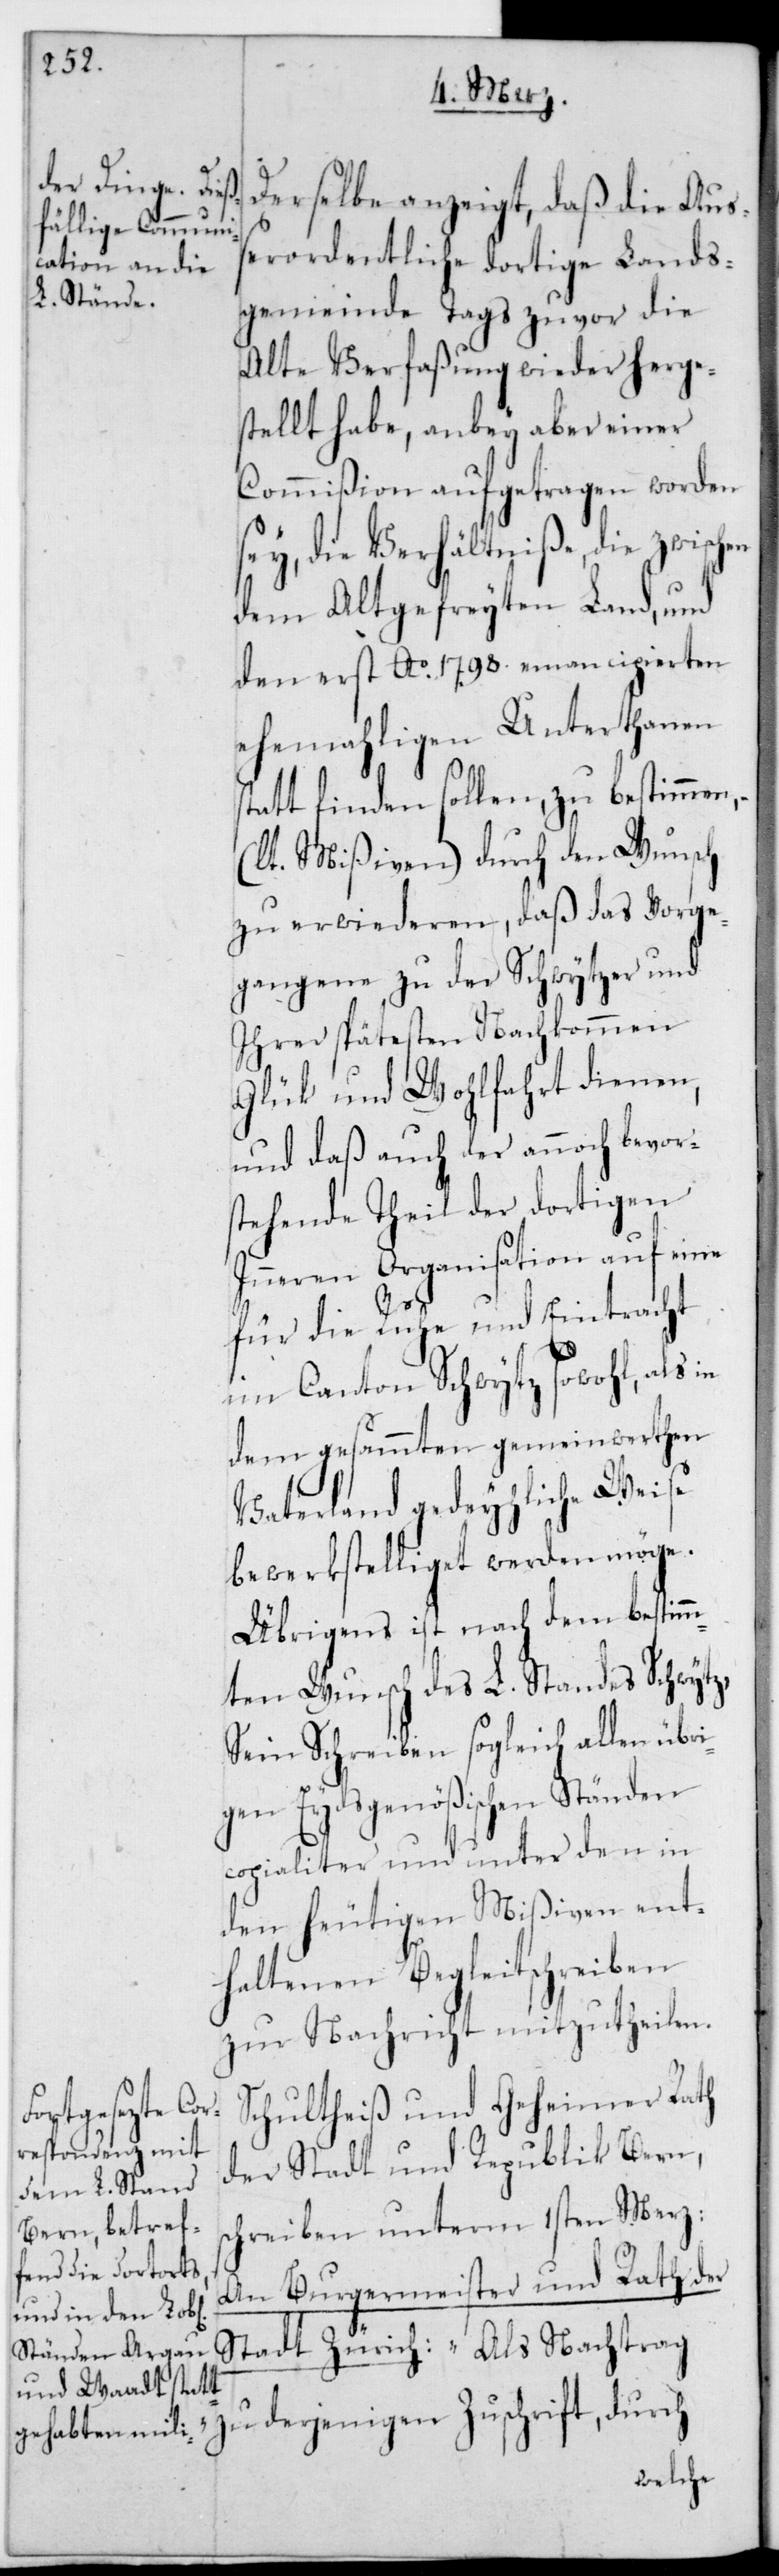
Derselbe anzeigt, daß die auß¬
erordentliche dortige Lands¬
gemeinde tags zuvor die
alte Verfaßung wieder herge¬
stellt habe, anbey aber einer
Commißion aufgetragen worden
sey, die Verhältniße, die zwischen
dem altgefreyten Land und
den erst Ao. 1798. emancipierten
ehemaligen Unterthanen
stattfinden sollen, zu bestimmen,
(lt. Mißiven) durch den Wunsch
zu erwideren, daß das Vorge¬
gangene zu der Schwytzer und
ihrer spätesten Nachkommen
Glück und Wohlfahrt dienen,
und daß auch der annoch bevor¬
stehende Theil der dortigen
inneren Organisation auf eine
für die Ruhe und Eintracht
im Canton Schwytz sowohl, als
dem gesamten gemeinwerthen
Vaterland gedeihliche Weise
bewerkstelliget werden möge.
Übrigens ist nach dem bestim¬
mten Wunsch des L. Standes Schwytz
sein Schreiben sogleich allen übri¬
gen Eydsgenößischen Ständen
copialiter und unter den in
den heutigen Mißiven ent¬
haltenen Begleitschreiben
zur Nachricht mitzutheilen.
Schultheiß und Geheimer Rath
der Stadt und Republic Bern,
schreiben unterm 1sten Merz:
An Burgermeister und Rath der
zu derjenigen Zuschrift, durch